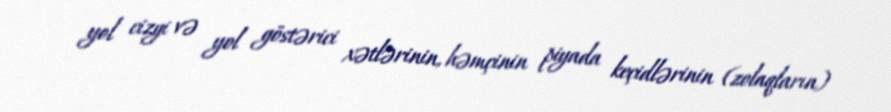
yol cizgi və yol göstərici xətlərinin, həmçinin piyada keçidlərinin (zolaqların)